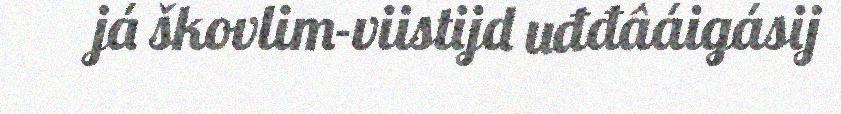
já škovlim-viistijd uđđâáigásij